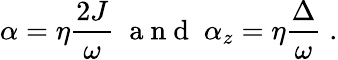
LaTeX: \alpha=\eta\frac{2J}{\omega}\; \mathrm{~a~n~d~}\; \alpha_{z}=\eta\frac{\Delta}{\omega}\; .